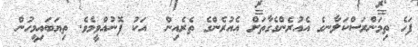
ފަހެ ތިމަންރަސްކަލާނގެ އެއުރެންގެގާތަށް އެއުރެންގެ ތެރެއިން  އަކު ފޮނުއްވީމެވެ. ތިޔަބައިމީހުން